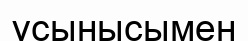
ұсынысымен